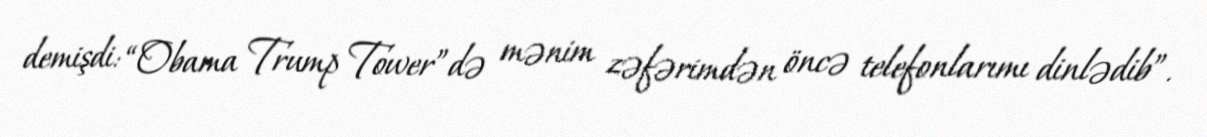
demişdi: “Obama Trump Tower”də mənim zəfərimdən öncə telefonlarımı dinlədib”.